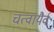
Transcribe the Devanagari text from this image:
चत्वायैर्व